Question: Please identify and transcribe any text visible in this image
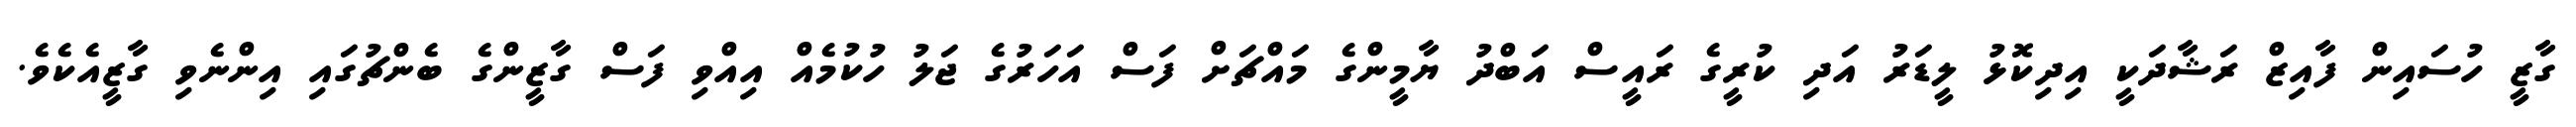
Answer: ގާޒީ ހުސައިން ފާއިޒް ރަޝާދަކީ އިދިކޮޅު ލީޑަރު އަދި ކުރީގެ ރައީސް އަބްދު ޔާމީންގެ މައްޗަށް ފަސް އަހަރުގެ ޖަލު ހުކުމެއް އިއްވި ފަސް ގާޒީންގެ ބެންޗުގައި އިންނެވި ގާޒީއެކެވެ.